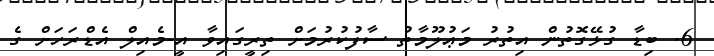
6. ބިޑާ ގުޅޭގޮތުން އިތުރު މަޢުލޫމާތު ސާފުކުރުމަށް ތިރީގައިވާ އީ-މެއިލް އެޑްރަހަށް ގެ